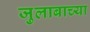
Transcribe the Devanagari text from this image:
जुलाबाच्या